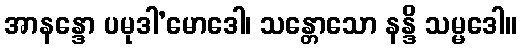
အာနန္ဒော ပမုဒါ’မောဒေါ၊ သန္တောသော နန္ဒိ သမ္မဒေါ။